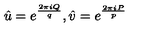
\hat { u } = e ^ { \frac { 2 \pi i Q } { q } } , \hat { v } = e ^ { \frac { 2 \pi i P } { p } }